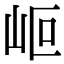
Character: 𡶅